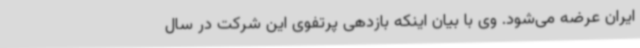
ایران عرضه می‌شود. وی با بیان اینکه بازدهی پرتفوی این شرکت در سال